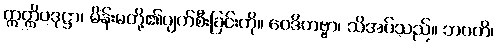
ဣတ္ထိပဒုဋ္ဌာ၊ မိန်းမတို့၏ပျက်စီးခြင်းကို။ ဝေဒိတဗ္ဗာ၊ သိအပ်သည်။ ဘဝတိ၊